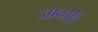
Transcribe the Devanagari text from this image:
जानारी